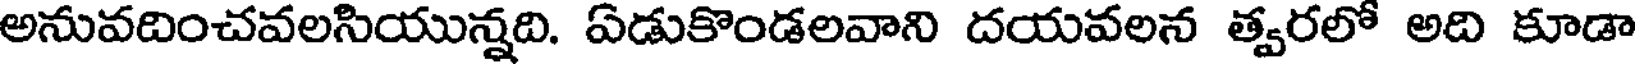
అనువదించవలసియున్నది. వడుకొండలవాని దయవలన త్వరలో అది కూడా